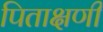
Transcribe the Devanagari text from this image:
पिताक्षणी